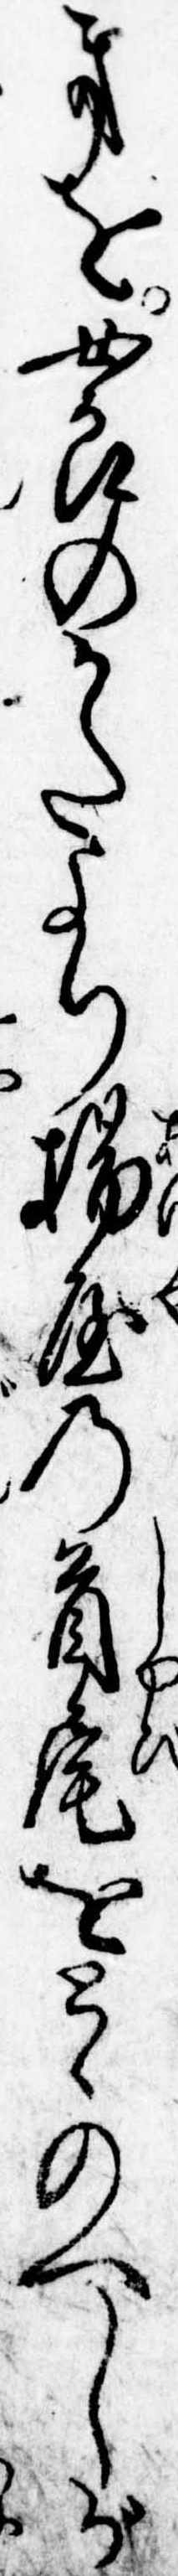
きを女郎のかたより揚屋の首尾をとゝのへしが